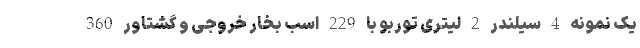
یک نمونه 4 سیلندر 2 لیتری توربو با 229 اسب بخار خروجی و گشتاور 360